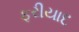
ફરીયાદ